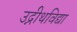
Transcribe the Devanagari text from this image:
उद्नीथविद्या